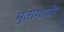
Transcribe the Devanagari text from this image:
मुतागाची